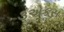
૩એકસ